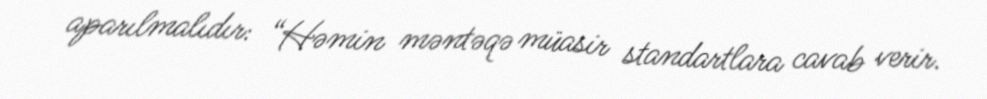
aparılmalıdır: “Həmin məntəqə müasir standartlara cavab verir.